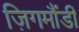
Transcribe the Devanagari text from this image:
ज़िगमौंडी